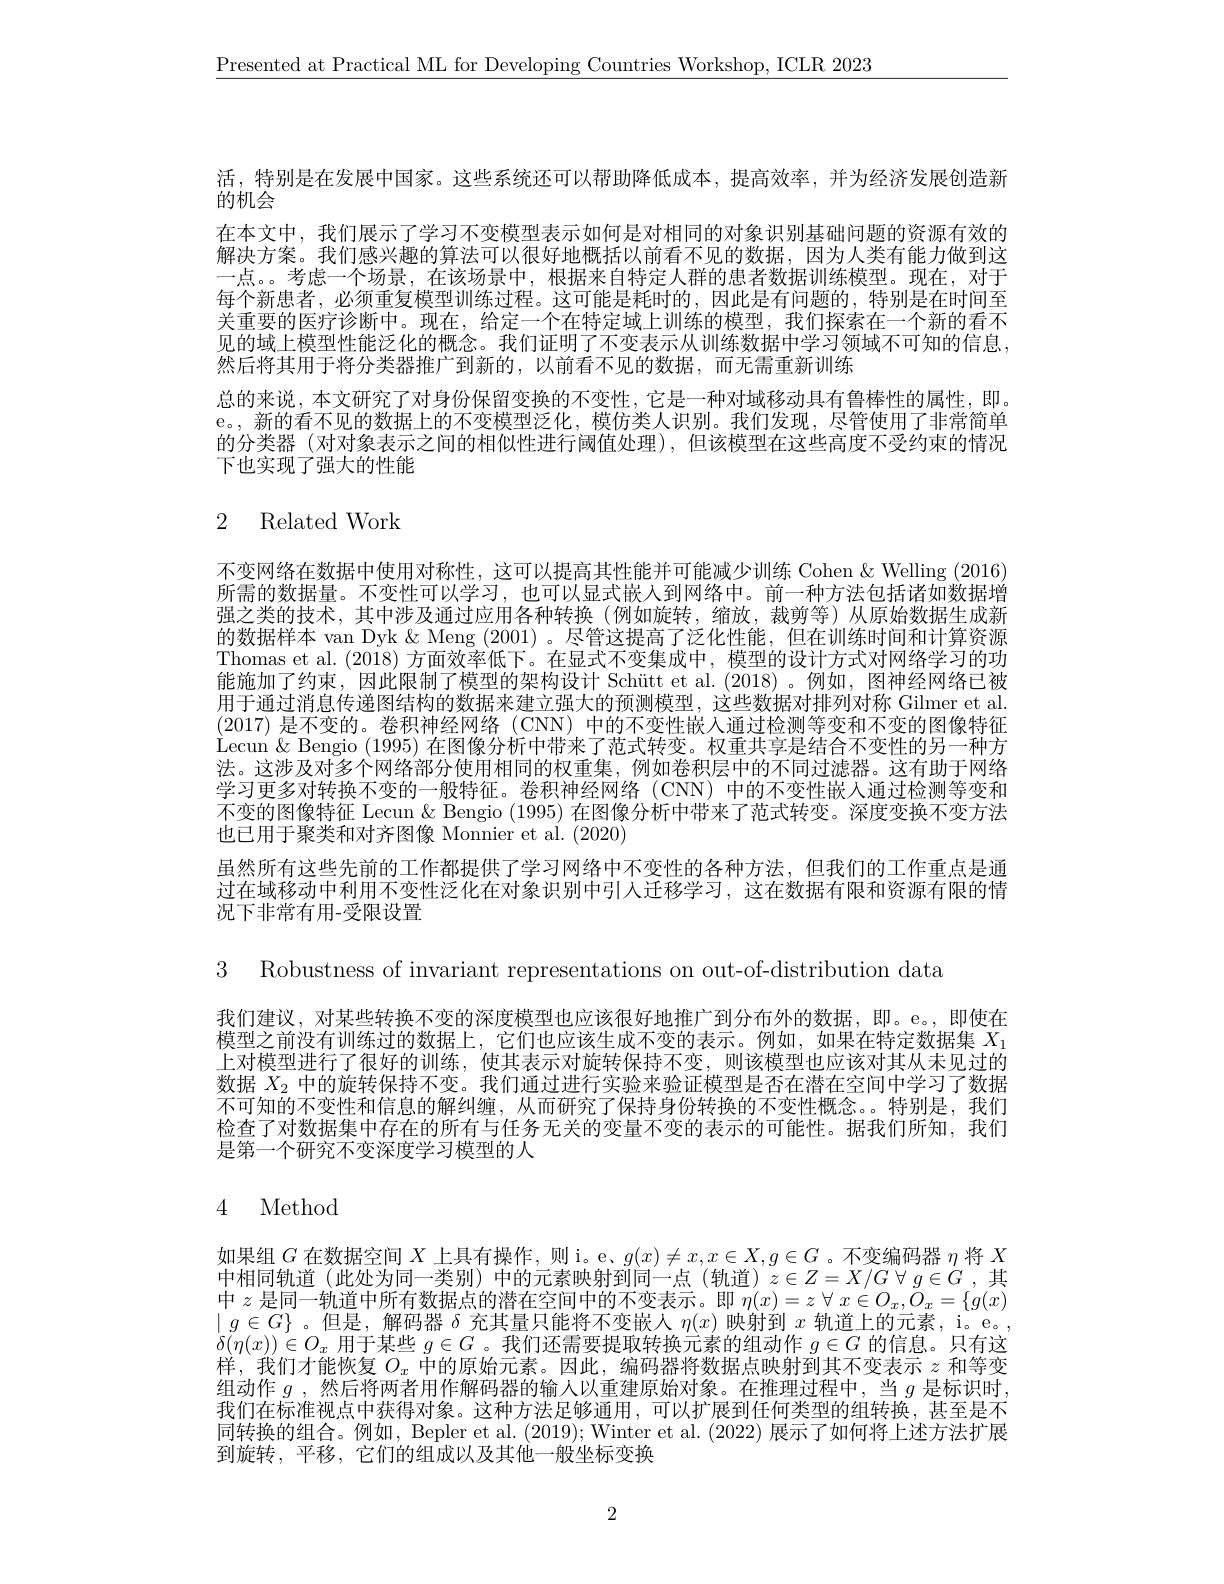
$\underline{\text{Presented at Practical ML for Developing Countries Workshop, ICLR 2023}}$

活，特别是在发展中国家。这些系统还可以帮助降低成本，提高效率，并为经济发展创造新
的机会
在本文中，我们展示了学习不变模型表示如何是对相同的对象识别基础问题的资源有效的解决方案。我们感兴趣的算法可以很好地概括以前看不见的数据，因为人类有能力做到这一点。考虑一个场景，在该场景中，根据来自特定人群的患者数据训练模型。现在，对于每个新患者，必须重复模型训练过程。这可能是耗时的，因此是有问题的，特别是在时间至关重要的医疗诊断中。现在，给定一个在特定域上训练的模型，我们探索在一个新的看不见的域上模型性能泛化的概念。我们证明了不变表示从训练数据中学习领域不可知的信息， 然后将其用于将分类器推广到新的，以前看不见的数据，而无需重新训练
总的来说，本文研究了对身份保留变换的不变性，它是一种对域移动具有鲁棒性的属性，即。e。, 新的看不见的数据上的不变模型泛化，模仿类人识别。我们发现，尽管使用了非常简单的分类器(对对象表示之间的相似性进行阈值处理),但该模型在这些高度不受约束的情况下也实现了强大的性能

# 2 Related Work

不变网络在数据中使用对称性，这可以提高其性能并可能减少训练 Cohen & Welling (2016) 所需的数据量。不变性可以学习，也可以显式嵌人到网络中。前一种方法包括诸如数据增强之类的技术，其中涉及通过应用各种转换(例如旋转，缩放，裁剪等)从原始数据生成新的数据样本 van Dyk & Meng (2001) 。尽管这提高了泛化性能，但在训练时间和计算资源Thomas et al. (2018)方面效率低下。在显式不变集成中，模型的设计方式对网络学习的功能施加了约束，因此限制了模型的架构设计 Schütt et al.(2018)。例如，图神经网络已被用于通过消息传递图结构的数据来建立强大的预测模型，这些数据对排列对称 Gilmer et al. (2017)是不变的。卷积神经网络 (CNN) 中的不变性嵌入通过检测等变和不变的图像特征Lecun & Bengio (1995)在图像分析中带来了范式转变。权重共享是结合不变性的另一种方法。这涉及对多个网络部分使用相同的权重集，例如卷积层中的不同过滤器。这有助于网络学习更多对转换不变的一般特征。卷积神经网络(CNN)中的不变性嵌人通过检测等变和不变的图像特征 Lecun & Bengio (1995)在图像分析中带来了范式转变。深度变换不变方法也已用于聚类和对齐图像 Monnier et al. (2020)
虽然所有这些先前的工作都提供了学习网络中不变性的各种方法，但我们的工作重点是通过在域移动中利用不变性泛化在对象识别中引人迁移学习，这在数据有限和资源有限的情况下非常有用-受限设置

3 Robustness of invariant representations on out-of-distribution data

我们建议，对某些转换不变的深度模型也应该很好地推广到分布外的数据，即。e。,即使在模型之前没有训练过的数据上，它们也应该生成不变的表示。例如，如果在特定数据集$X_{1}$ 上对模型进行了很好的训练，使其表示对旋转保持不变，则该模型也应该对其从未见过的数据$X_2$中的旋转保持不变。我们通过进行实验来验证模型是否在潜在空间中学习了数据不可知的不变性和信息的解纠缠，从而研究了保持身份转换的不变性概念。。特别是，我们检查了对数据集中存在的所有与任务无关的变量不变的表示的可能性。据我们所知，我们是第一个研究不变深度学习模型的人

# 4 Method

如果组$G$在数据空间$X$上具有操作，则 i。e、$g(x)\neq x,x\in X,g\in G$ 。不变编码器$\eta$将$X$ 中相同轨道(此处为同一类别)中的元素映射到同一点(轨道)$z\in Z=X/G\forall g\in G$,其中$z$是同一轨道中所有数据点的潜在空间中的不变表示。即$\eta(x)=z\forall x\in O_{x},\bar{O}_{x}=\{g(x)$ $\mid g\in G\}$。但是，解码器$\delta$充其量只能将不变嵌人$\eta(x)$映射到$x$轨道上的元素，i。e。, $\delta(\eta(x))\in O_x$用于某些$g\in G$ 。我们还需要提取转换元素的组动作$g\in G$的信息。只有这样，我们才能恢复$O_x$中的原始元素。因此，编码器将数据点映射到其不变表示$z$和等变组动作$g$ ,然后将两者用作解码器的输人以重建原始对象。在推理过程中，当$g$是标识时， 我们在标准视点中获得对象。这种方法足够通用，可以扩展到任何类型的组转换，甚至是不同转换的组合。例如，Bepler et al. (2019); Winter et al. (2022) 展示了如何将上述方法扩展到旋转，平移，它们的组成以及其他一般坐标变换

2